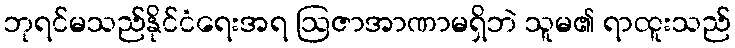
ဘုရင်မသည်နိုင်ငံရေးအရ ဩဇာအာဏာမရှိဘဲ သူမ၏ ရာထူးသည်